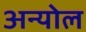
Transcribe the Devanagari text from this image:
अन्योल